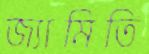
জ্যামিতি